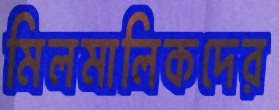
মিলমালিকদের